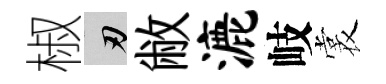
椒刃敝漉岐裳